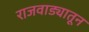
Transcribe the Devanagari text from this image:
राजवाड्यातून